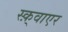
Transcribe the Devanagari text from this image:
स्क़्वाएर